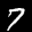
Label: 7